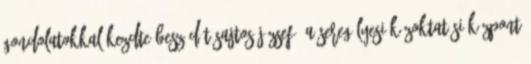
gondolatokkal kezdte beszédét Sajtos József, a Seregélyesi Közoktatási Központ